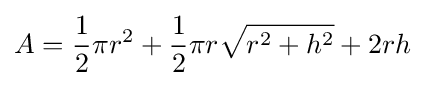
A={1 \over 2}\pi r^{2}+{1 \over 2}\pi r{\sqrt {r^{2}+h^{2}}}+2rh